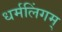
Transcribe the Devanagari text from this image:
धर्मलिंगम्